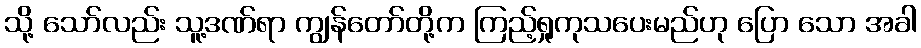
သို့ သော်လည်း သူ့ဒဏ်ရာ ကျွန်တော်တို့က ကြည့်ရှုကုသပေးမည်ဟု ပြော သော အခါ